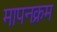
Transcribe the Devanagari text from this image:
मापनक्रम